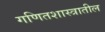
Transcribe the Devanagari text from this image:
गणितशास्त्रातील